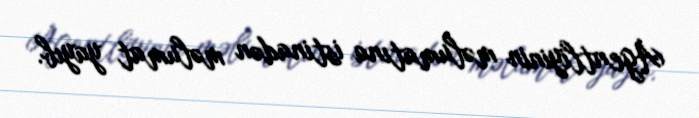
Agentliyinin məlumatına istinadən məlumat yayıb.